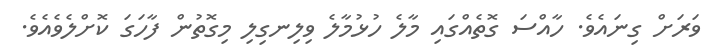
ވަރަށް ގިނައެވެ. ހާއްސަ ގޮތެއްގައި މާލެ ހުޅުމާލެ ވިލިނގިލި މިގޮތުން ފާހަގަ ކޮށްލެވެއެވެ.